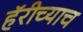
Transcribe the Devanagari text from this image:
हॅरीच्याच